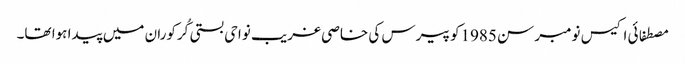
مصطفائی اکیس نومبر سن 1985کو پیرس کی خاصی غریب نواحی بستی کُرکوران میں پیدا ہوا تھا۔